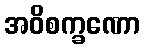
အဝိစက္ခဏော